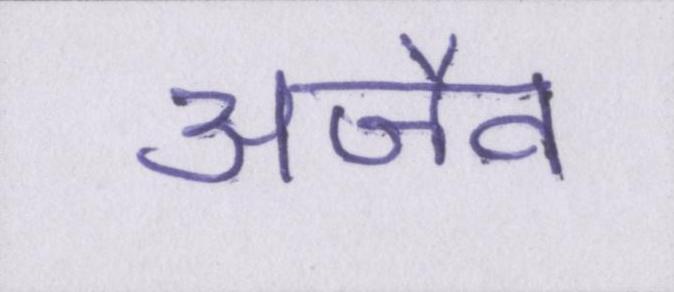
अजैव